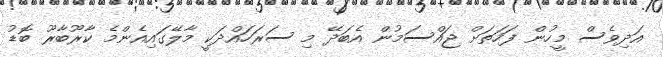
އަދިވެސް މީހުން ފަހަތަށް ޖައްސަމުން އެބަދޭ މި ސަރަހައްދަކީ މާލޭގައިއެންމެ ކާރޫބާރޫ ބޮޑު